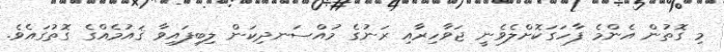
މި ގޮތުން އެންމެ ފާހަގަކޮށްލެވެނީ ޖަވާހިރާއި ރަނުގެ މުއްސަނދިކަން ލިބިފައިވާ ޤައުމެއްގެ ގޮތުގައެވެ.